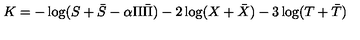
K = - \log ( S + \bar { S } - \alpha \Pi \bar { \Pi } ) - 2 \log ( X + \bar { X } ) - 3 \log ( T + \bar { T } )